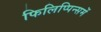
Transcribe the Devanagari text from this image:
फिलिप्पिन्समें